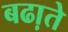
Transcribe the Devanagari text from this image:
बढा़ते